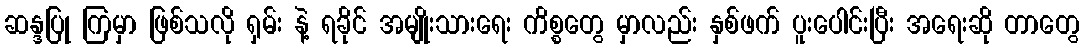
ဆန္ဒပြု ကြမှာ ဖြစ်သလို ရှမ်း နဲ့ ရခိုင် အမျိုးသားရေး ကိစ္စတွေ မှာလည်း နှစ်ဖက် ပူးပေါင်းပြီး အရေးဆို တာတွေ